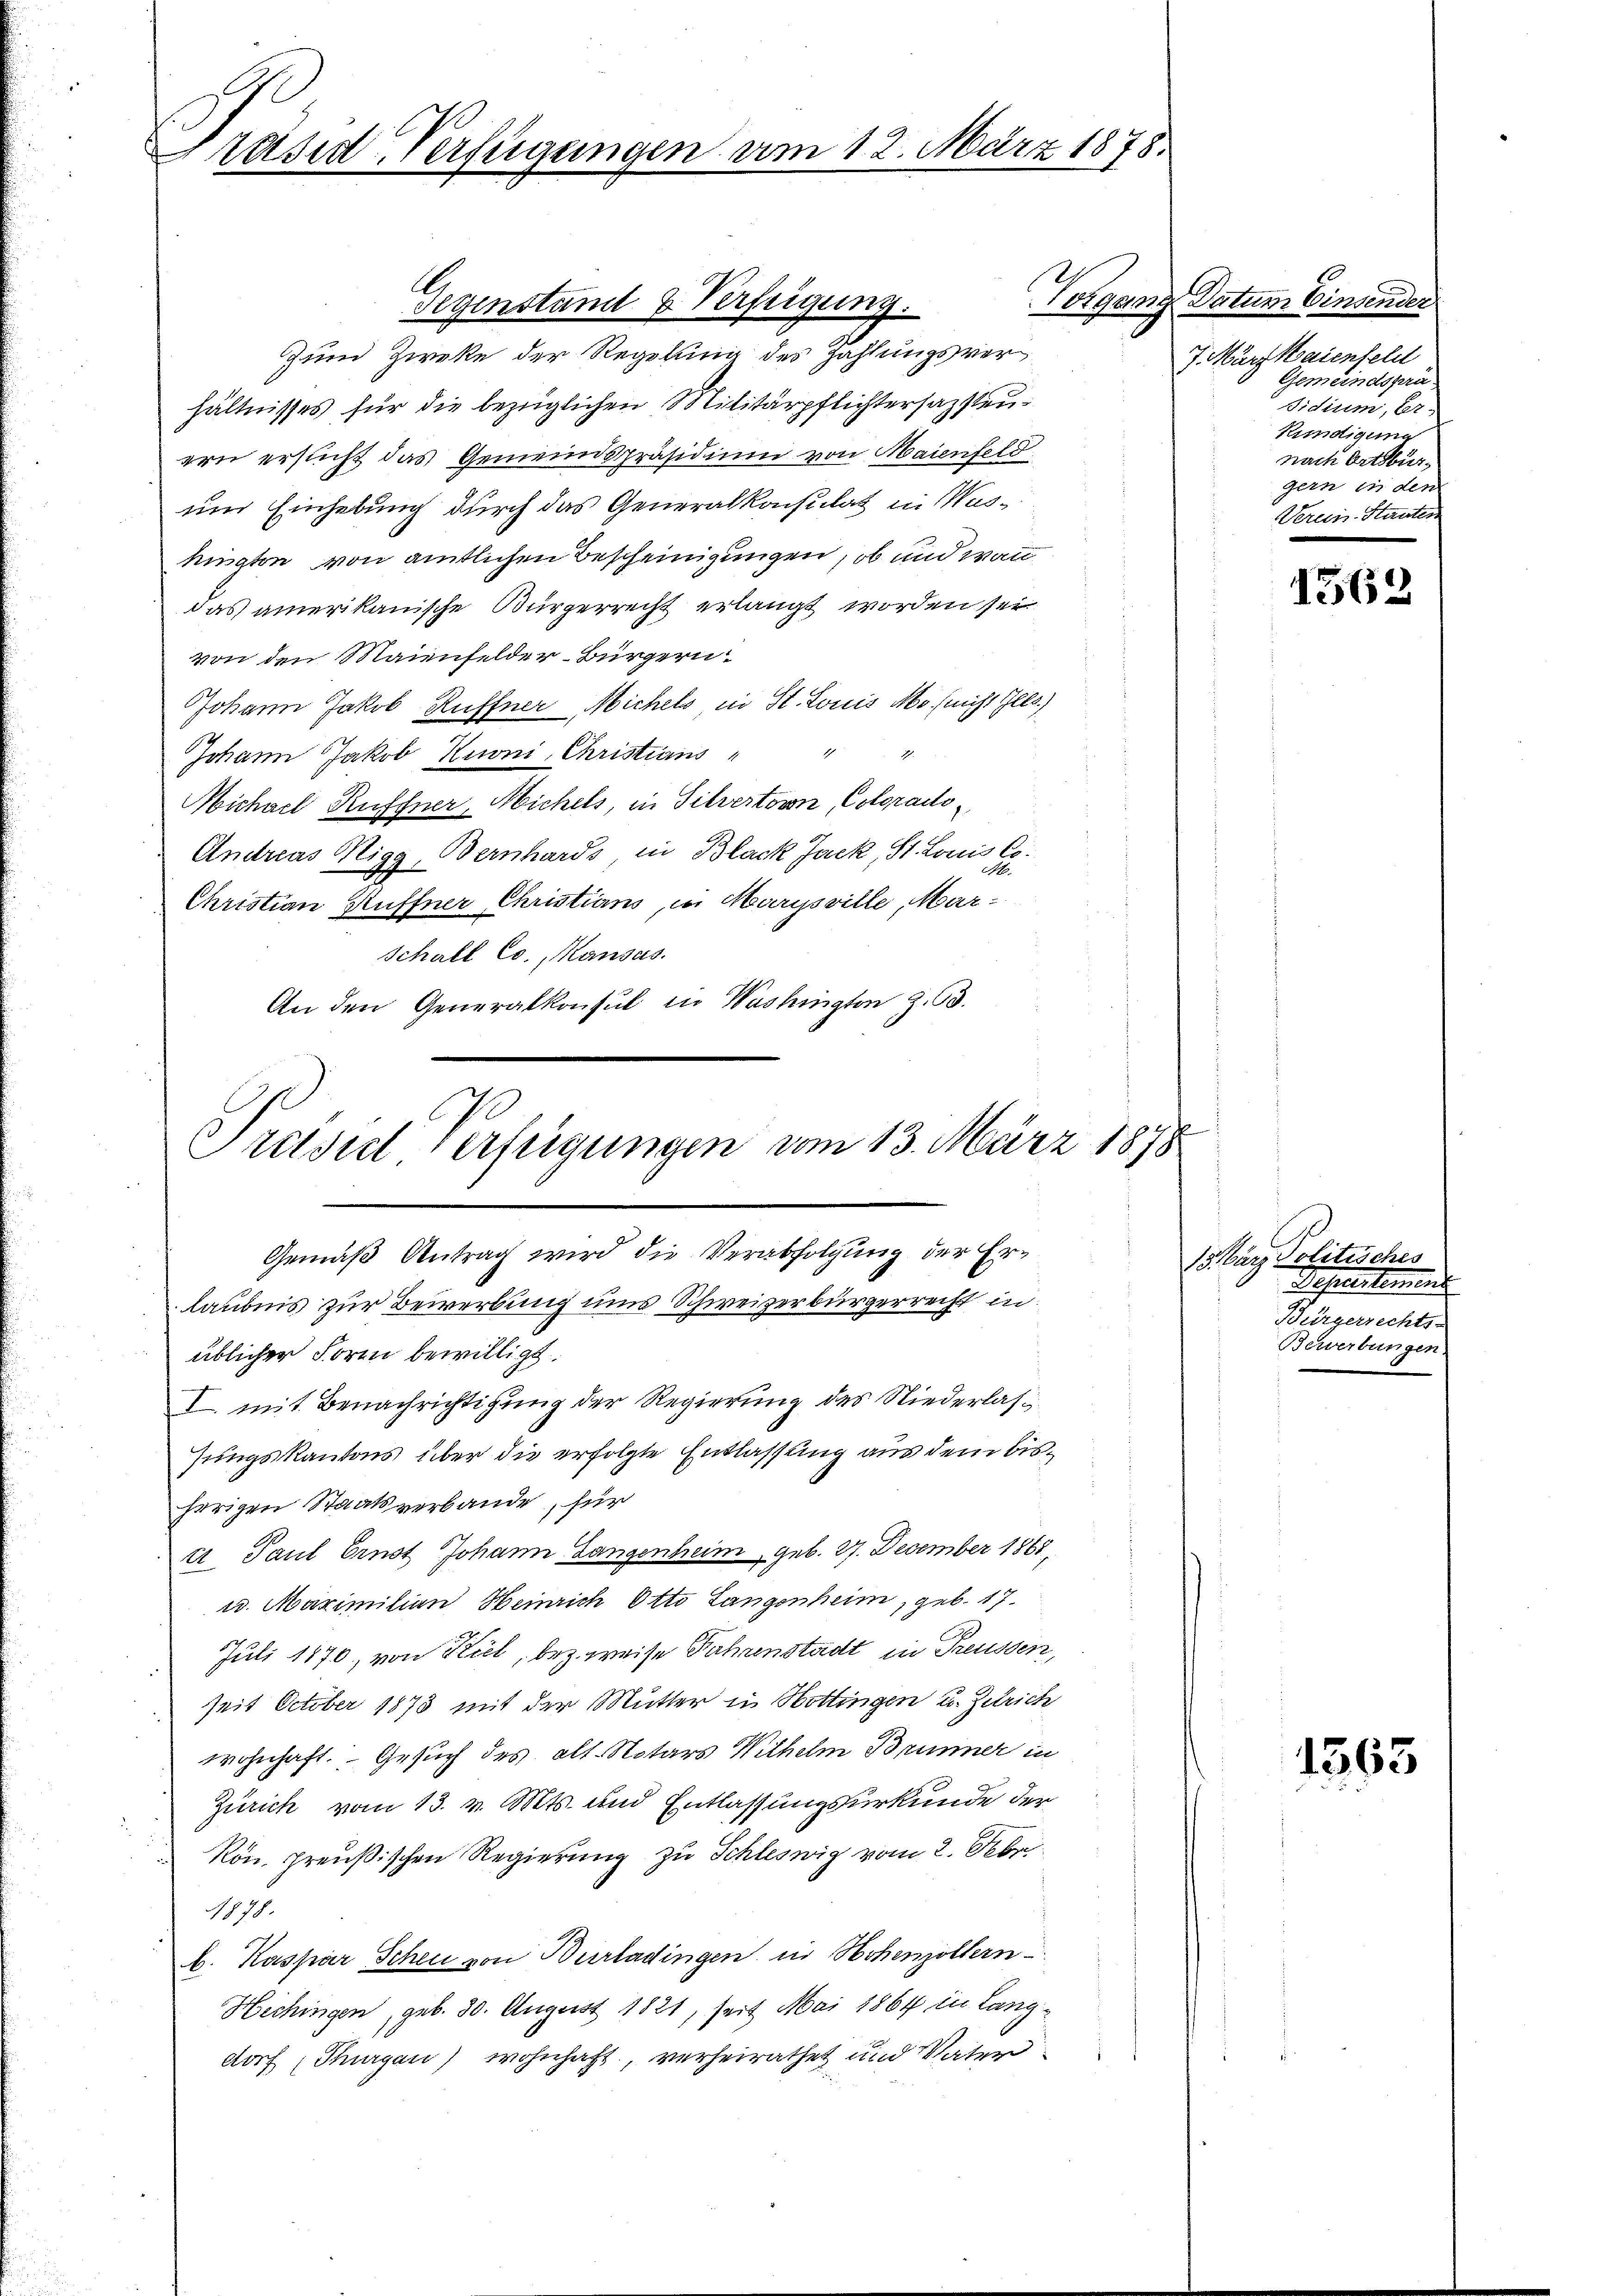
Präsid-Verfügungen am 12. März 1878.

Gegenstand u. Verfeigung.
Zum Zweke der Regelung des Zahlungsverhältnisses für die bezüglichen Militärpflichtersazsteuern ersucht das Gemeindspräsidium von Maienfeld
und Einhebung durch das Generalkonsulat in Waskürgten von amtlichen Bescheinigungen, ob und wann
das amerikanische Bürgerrecht erlangt worden sei.
von den Maienfelder-Bürgern
Johann Jakob Ruffner Michels in St. Louis Mo. (nicht Ills)
Johann Jakob Kuoni, Christians
Michael Ruffner Nichels, in Silvertorn, Colorado
Andreas Nigg, Bernhards, in Black Jack, St. Louis Co
Christian Kuffner Christians, in Marysville, Mar¬
Schall Co., Kausas
An den Generalkonsul in Washington Z. 63.

Vorrang

Preisit Verfügungen vom 13. März 1878
Gemäß Antrag wird die Verabfolgung der Erlaubnis zur Bewerbung und Schweizerbürgerrecht in
üblicher Form bewilligt.

I. mit Benachrichtigung der Regierung des Niederlass
Jungskantons über die erfolgte Entlassung aus dem bisherigen Staatsverbande, für
e. Paul Ernst Johann Langenheim geb. 27. December 1888.
u. Maximilian Heinrich Otto Langenheim, geb. 17.
Juli 1870, von Kiel, bez. weise Jahrenstadt in Treussen,
seit October 1873 mit der Mutter in Hottingen u. Zürich
wohnhaft. Gesuch des alt. Notars Wilhelm Brunner in
Zürich vom 13. v. Mts. und Entlassungsurkunde der
Rön. preußischen Regierung zu Schleswig vom 2. Febr.
1878.
b. Kaspar Scheu von Burladingen in Hohenzöllern-
Hechingen, geb. 30. August 1821, seit Mai 1864 in Langdorf (Thurgau) wohnhaft, verheirathet und Vater

Datum Einsender
7. März Maienfeld
Gemeindsprä
didium, Er-
Kündigung
nach Ortsbür-
gern in den
Verein-Staaten

1562

15 März Politisches
Prosectement
Bürgerrechts-
Bewerbungen

1363